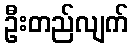
ဦးတည်လျက်